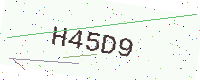
Text: H45D9